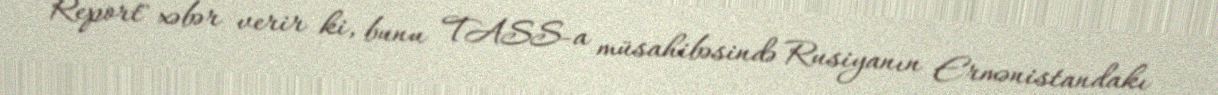
Report" xəbər verir ki, bunu TASS-a müsahibəsində Rusiyanın Ermənistandakı